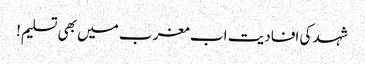
شہد کی افادیت اب مغرب میں بھی تسلیم!